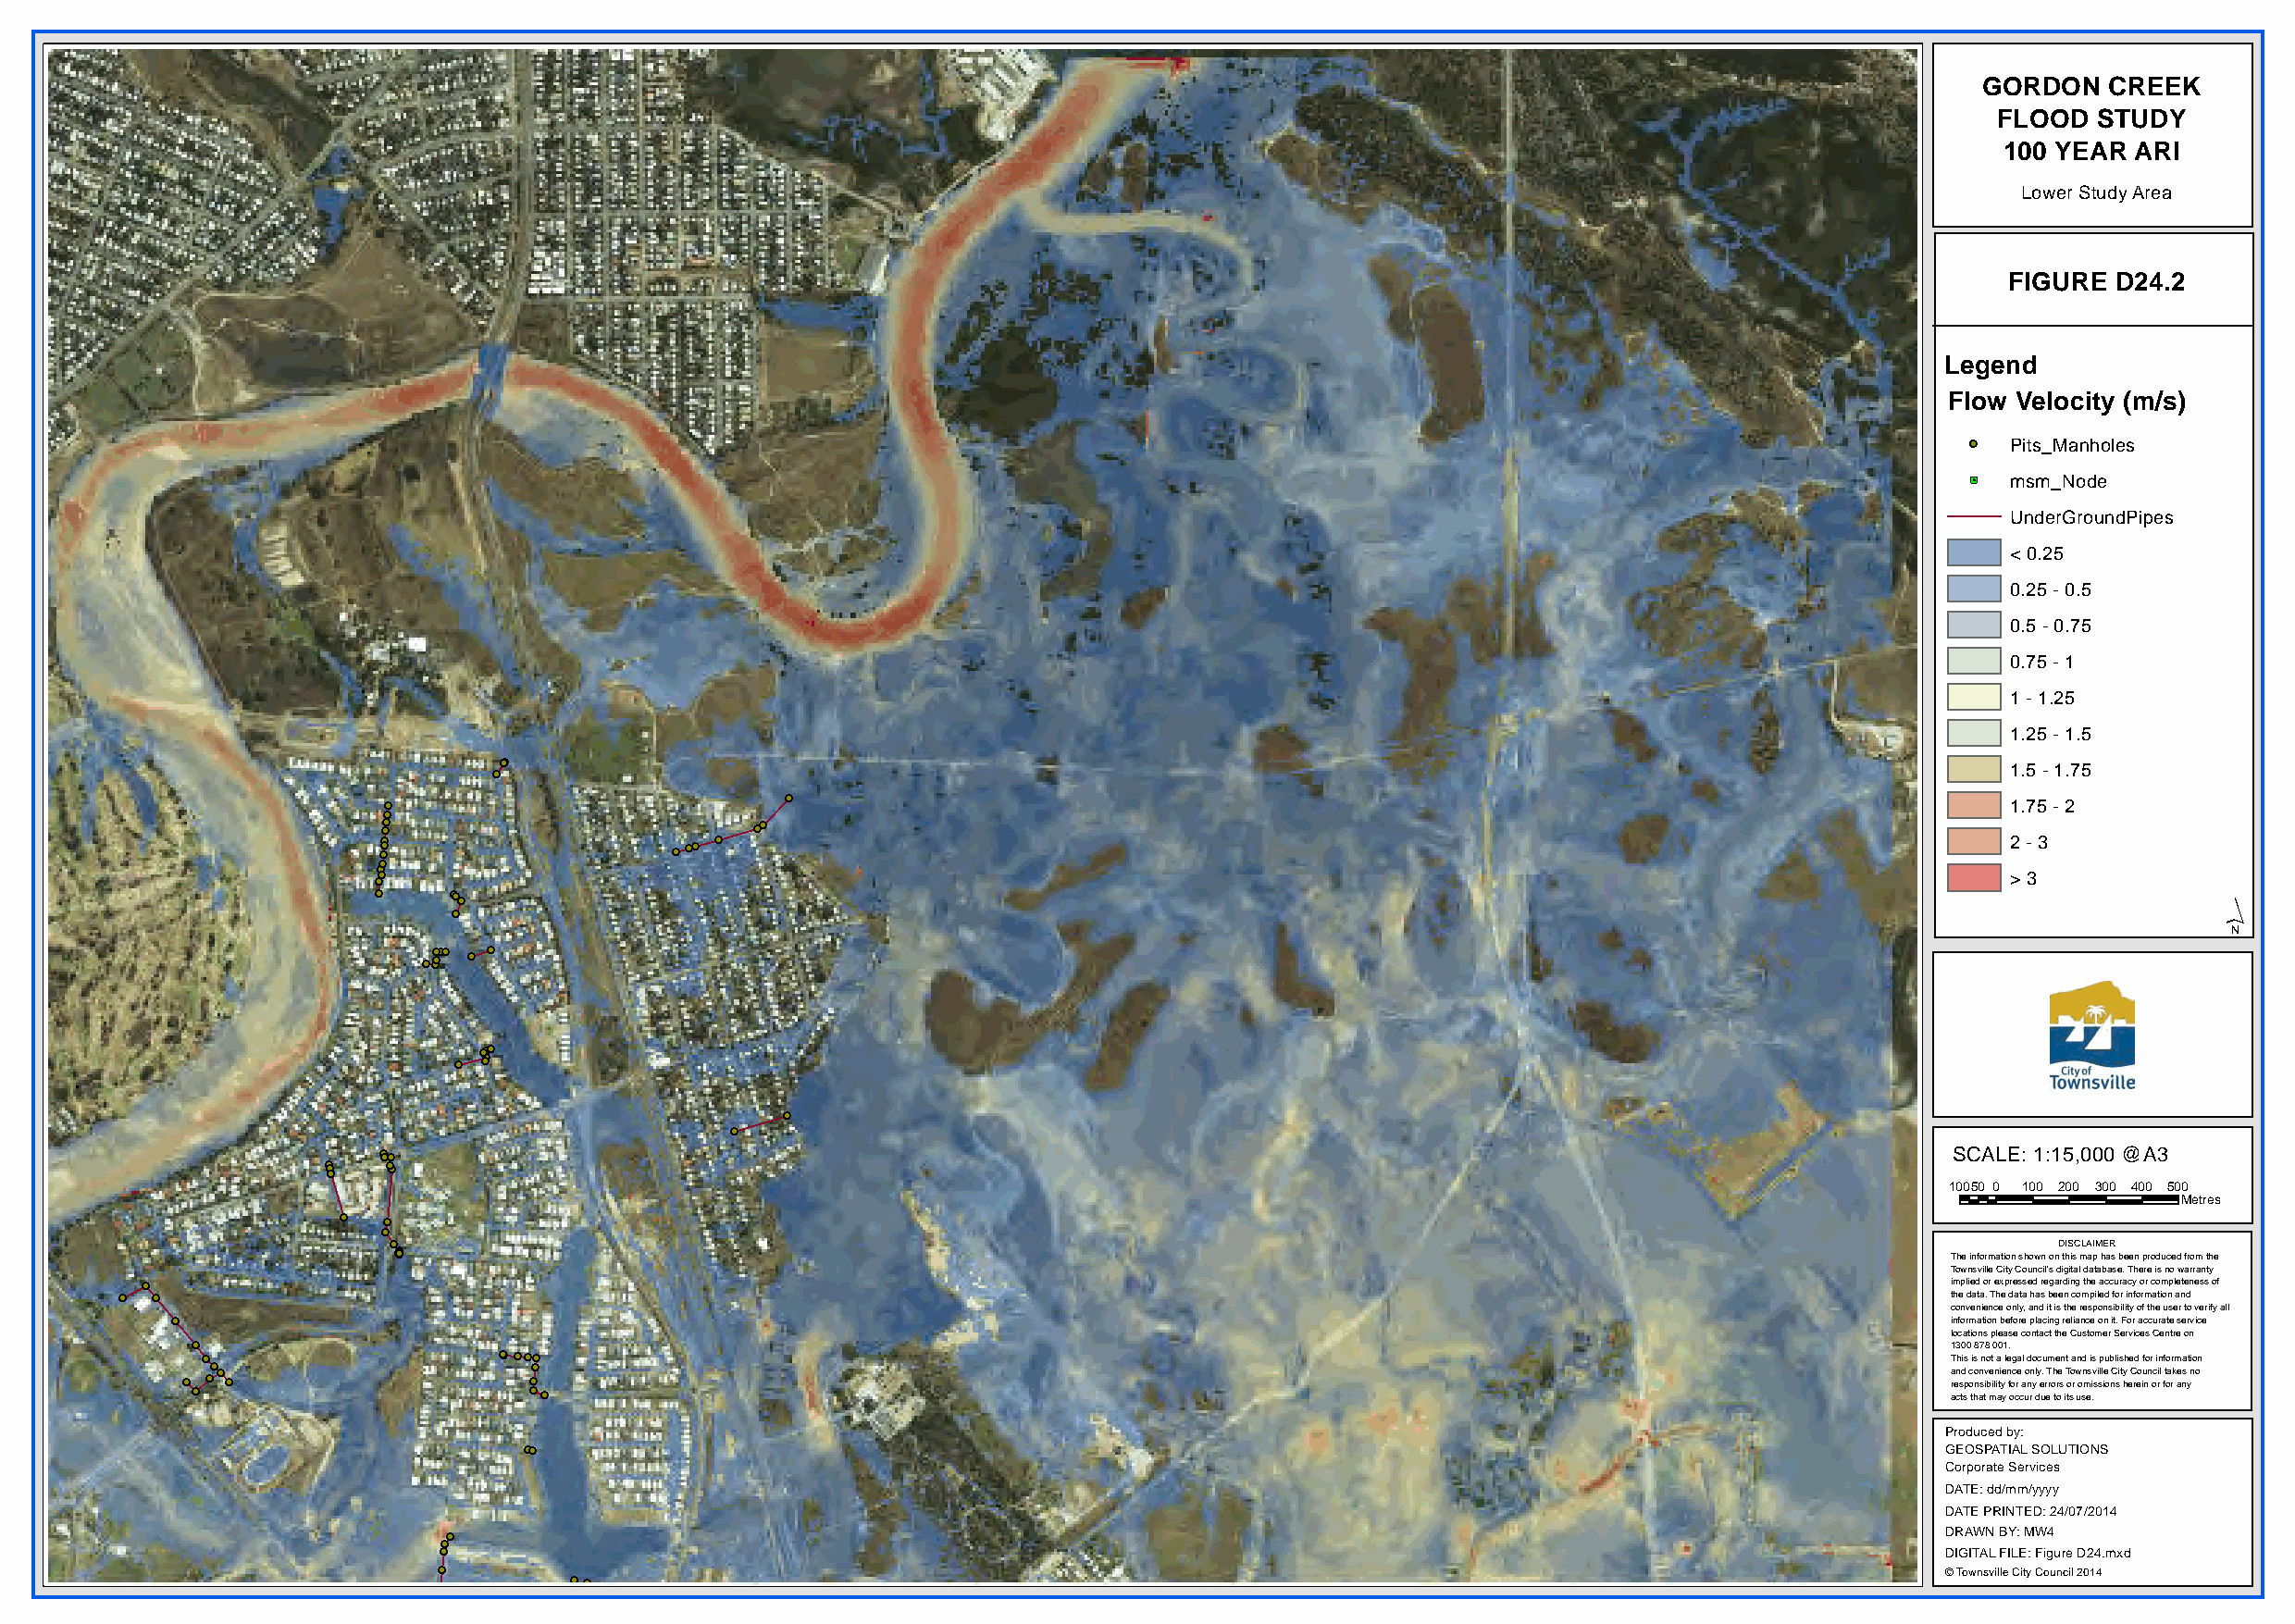
GORDON   CREEK
 FLOOD  STUDY
 100 YEAR  ARI
 Lower Study Area
 FIGURE D24.2
 Legend
 Flow Velocity (m/s)
 Pits_Manholes
 'N msm_Node
 UnderGroundPipes
 < 0.25
 0.25 - 0.5
 0.5 - 0.75
 0.75 - 1
 1 - 1.25
 1.25 - 1.5
 1.5 - 1.75
 1.75 - 2
 2 - 3
 > 3
 ´
 SCALE: 1:15,000 @A3
 10050 0 100 200 300 400 500
 Metres
 DISCLAIMER
 The information shown on this map has been produced from the
 Townsville City Council's digital database. There is no warranty
 implied or expressed regarding the accuracy or completeness of
 the data. The data has been compiled for information and
 convenience only, and it is the responsibility of the user to verify all
 information before placing reliance on it. For accurate service
 locations please contact the Customer Services Centre on
 1300 878 001.
 This is not a legal document and is published for information
 and convenience only. The Townsville City Council takes no
 responsibility for any errors or omissions herein or for any
 acts that may occur due to its use.
 Produced by:
 GEOSPATIAL SOLUTIONS
 Corporate Services
 DATE: dd/mm/yyyy
 DATE PRINTED: 24/07/2014
 DRAWN BY: MW4
 DIGITAL FILE: Figure D24.mxd
 © Townsville City Council 2014